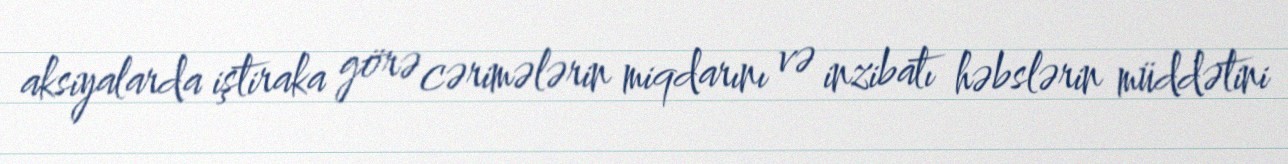
aksiyalarda iştiraka görə cərimələrin miqdarını və inzibatı həbslərin müddətini